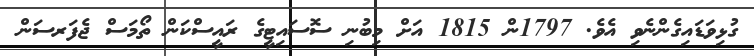
ގުޅިވަޑައިގެންނެވި އެވެ. 1797ން 1815 އަށް މިބުނި ސޮސައިޓީގެ ރައީސްކަން ތޯމަސް ޖެފަރސަން